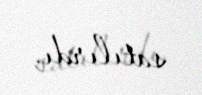
satılırdı.